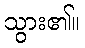
သွား၏။